Annual administration report of the Civil Veterinary Department of India - 1898-1899
Year: 1898
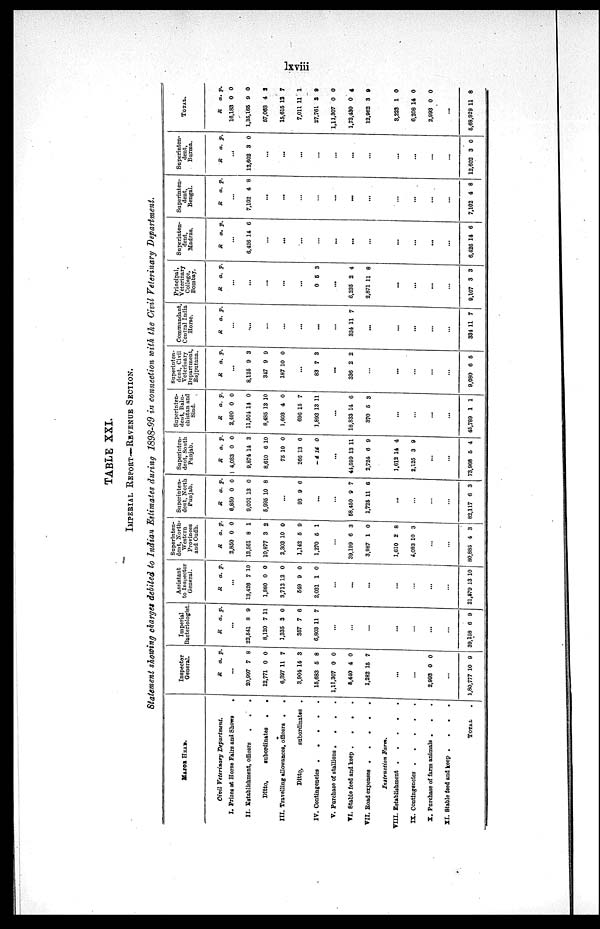
lxviii
TABLE XXI.
IMPERIAL REPORT—REVENUE SECTION.
Statement showing charges debited to Indian Estimates during 1898-99 in connection with the Civil Veterinary Department.
MASOR HEAD.
Civil Veterinary Department.
I. Prizes at Horse Fairs and Shows .
II. Establishment, officers
.
.
.
Ditto,
subordinates
.
.
III. Travelling allowances, officers .
.
Ditto,
subordinates .
IV. Contingencies . . . . . .
V. Purchase of stallions .
.
.
.
VI. Stable feed and keep .
.
.
.
VII. Road expenses .
.
.
.
.
Instruction Farm.
VIII. Establishment . . . . . .
IX. Contingencies .
.
.
.
.
X. Purchase of farm animals .
.
.
XI. Stable feed and keep .
.
.
.
TOTAL
.
Inspector
General.
R
a.
p.
...
20,997
12,771
6,397
3,904
15,683
1,11,307
5,440
1,282
7
0
11
14
5
0
4
15
8
0
7
3
8
0
0
7
...
...
2,993 0 0
...
1,80,777 10 9
Imperial
Bacteriologist.
R a. p.
...
22,541
8,120
1,335
357
6,803
8
7
3
7
11
9
11
0
6
7
...
...
...
...
...
...
...
39,158 6 9
Assistant
to Inspector
General.
R a. p.
...
13,426
1,860
3,712
549
2,031
7
0
12
9
1
10
0
0
0
0
...
...
...
...
...
...
...
21,579 13 10
Superinten-
dent, North-
Western
Provinces
and Oudh.
R
2,850
13,561
10,877
2,303
1,142
1,270
a.
0
8
3
10
5
5
p.
0
1
2
0
9
1
...
39,199
3,987
6
1
3
0
1,610
4,083
2
10
8
3
...
...
80,885 4 3
Superinten-
dent, North
Punjab.
R
8,850
9,001
5,995
a.
0
13
10
p.
0
0
8
...
93 9 6
...
...
58,450
1,725
9
11
7
6
...
...
...
...
82,117
6 3
Superiden-
dent, South
Punjab.
R
4,083
9,874
8,610
75
266
-4
a.
0
14
6
10
13
14
p.
0
3
10
0
6
0
...
44,599
2,724
13
6
11
9
1,612
2,125
14
3
4
9
...
...
73,968 5
4
Superiden-
dent, Balu-
chistan and
Sind.
R
2,400
11,504
8,485
1,603
696
1,893
a.
0
14
13
4
15
13
p.
0
0
10
0
7
11
...
18,833
370
14
5
6
3
...
...
...
...
45,789 1 1
Superinten-
dent, Civil
Veterinary
Department,
Rajputana.
R a. p.
...
8,125
347
187
9
9
10
3
9
0
...
83 7 3
...
336 2 2
...
...
...
...
...
9,080 6 5
Commandant,
Central India
Horse.
R a. p.
...
...
...
...
...
...
...
334 11 7
...
...
...
...
...
334 11 7
Principal,
Veterinary
Collage,
Bombay.
R a. p.
...
...
...
...
...
0 5 3
...
6,235
2,871
2
11
4
8
...
...
...
...
9,107 3 3
Superinten-
dent,
Madras.
R a. p.
...
6,426 14 6
...
...
...
...
...
...
...
...
...
...
...
6,426 14 6
Superinten-
dent,
Bengal.
R
a.
p.
...
7,102 4 8
...
...
...
...
...
...
...
...
...
...
...
7,102 4 8
Superinten-
dent,
Burma.
R a. p.
...
12,602 3 0
...
...
...
...
...
...
...
...
...
...
...
12,602 3 0
TOTAL.
R
16,183
1,35,165
57,063
15,615
7,011
27,761
1,11,307
1,73,430
12,962
a.
0
9
4
12
11
3
0
0
3
p.
0
0
2
7
1
9
0
4
9
3,223
6,208
2,993
1
14
0
0
0
0
...
5,68,929 11 8